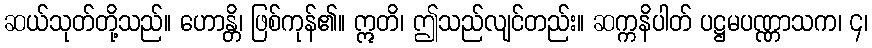
ဆယ်သုတ်တို့သည်။ ဟောန္တိ၊ ဖြစ်ကုန်၏။ ဣတိ၊ ဤသည်လျင်တည်း။ ဆက္ကနိပါတ် ပဋ္ဌမပဏ္ဏာသက၊ ၄၊